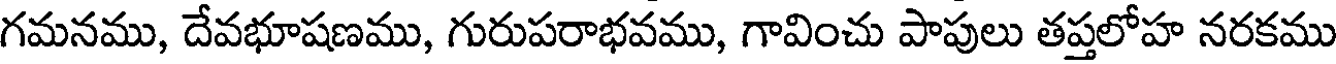
గమనము, దేవభూషణము, గురుపరాభవము, గావించు పాపులు తప్తలోహ నరకము